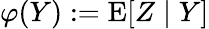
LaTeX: \varphi(Y):=\operatorname{E}[Z\mid Y]